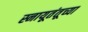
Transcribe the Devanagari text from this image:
स्नायूतंतूच्या